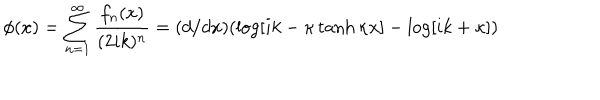
\phi ( x ) = \sum _ { n = 1 } ^ { \infty } { \frac { f _ { n } ( x ) } { ( 2 i k ) ^ { n } } } = ( d / d x ) ( \log [ i k - \kappa \tanh \kappa x ] - \log [ i k + \kappa ] )